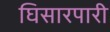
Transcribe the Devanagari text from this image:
घिसारपारी